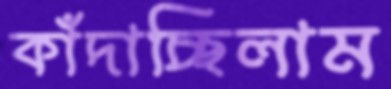
কাঁদাচ্ছিলাম